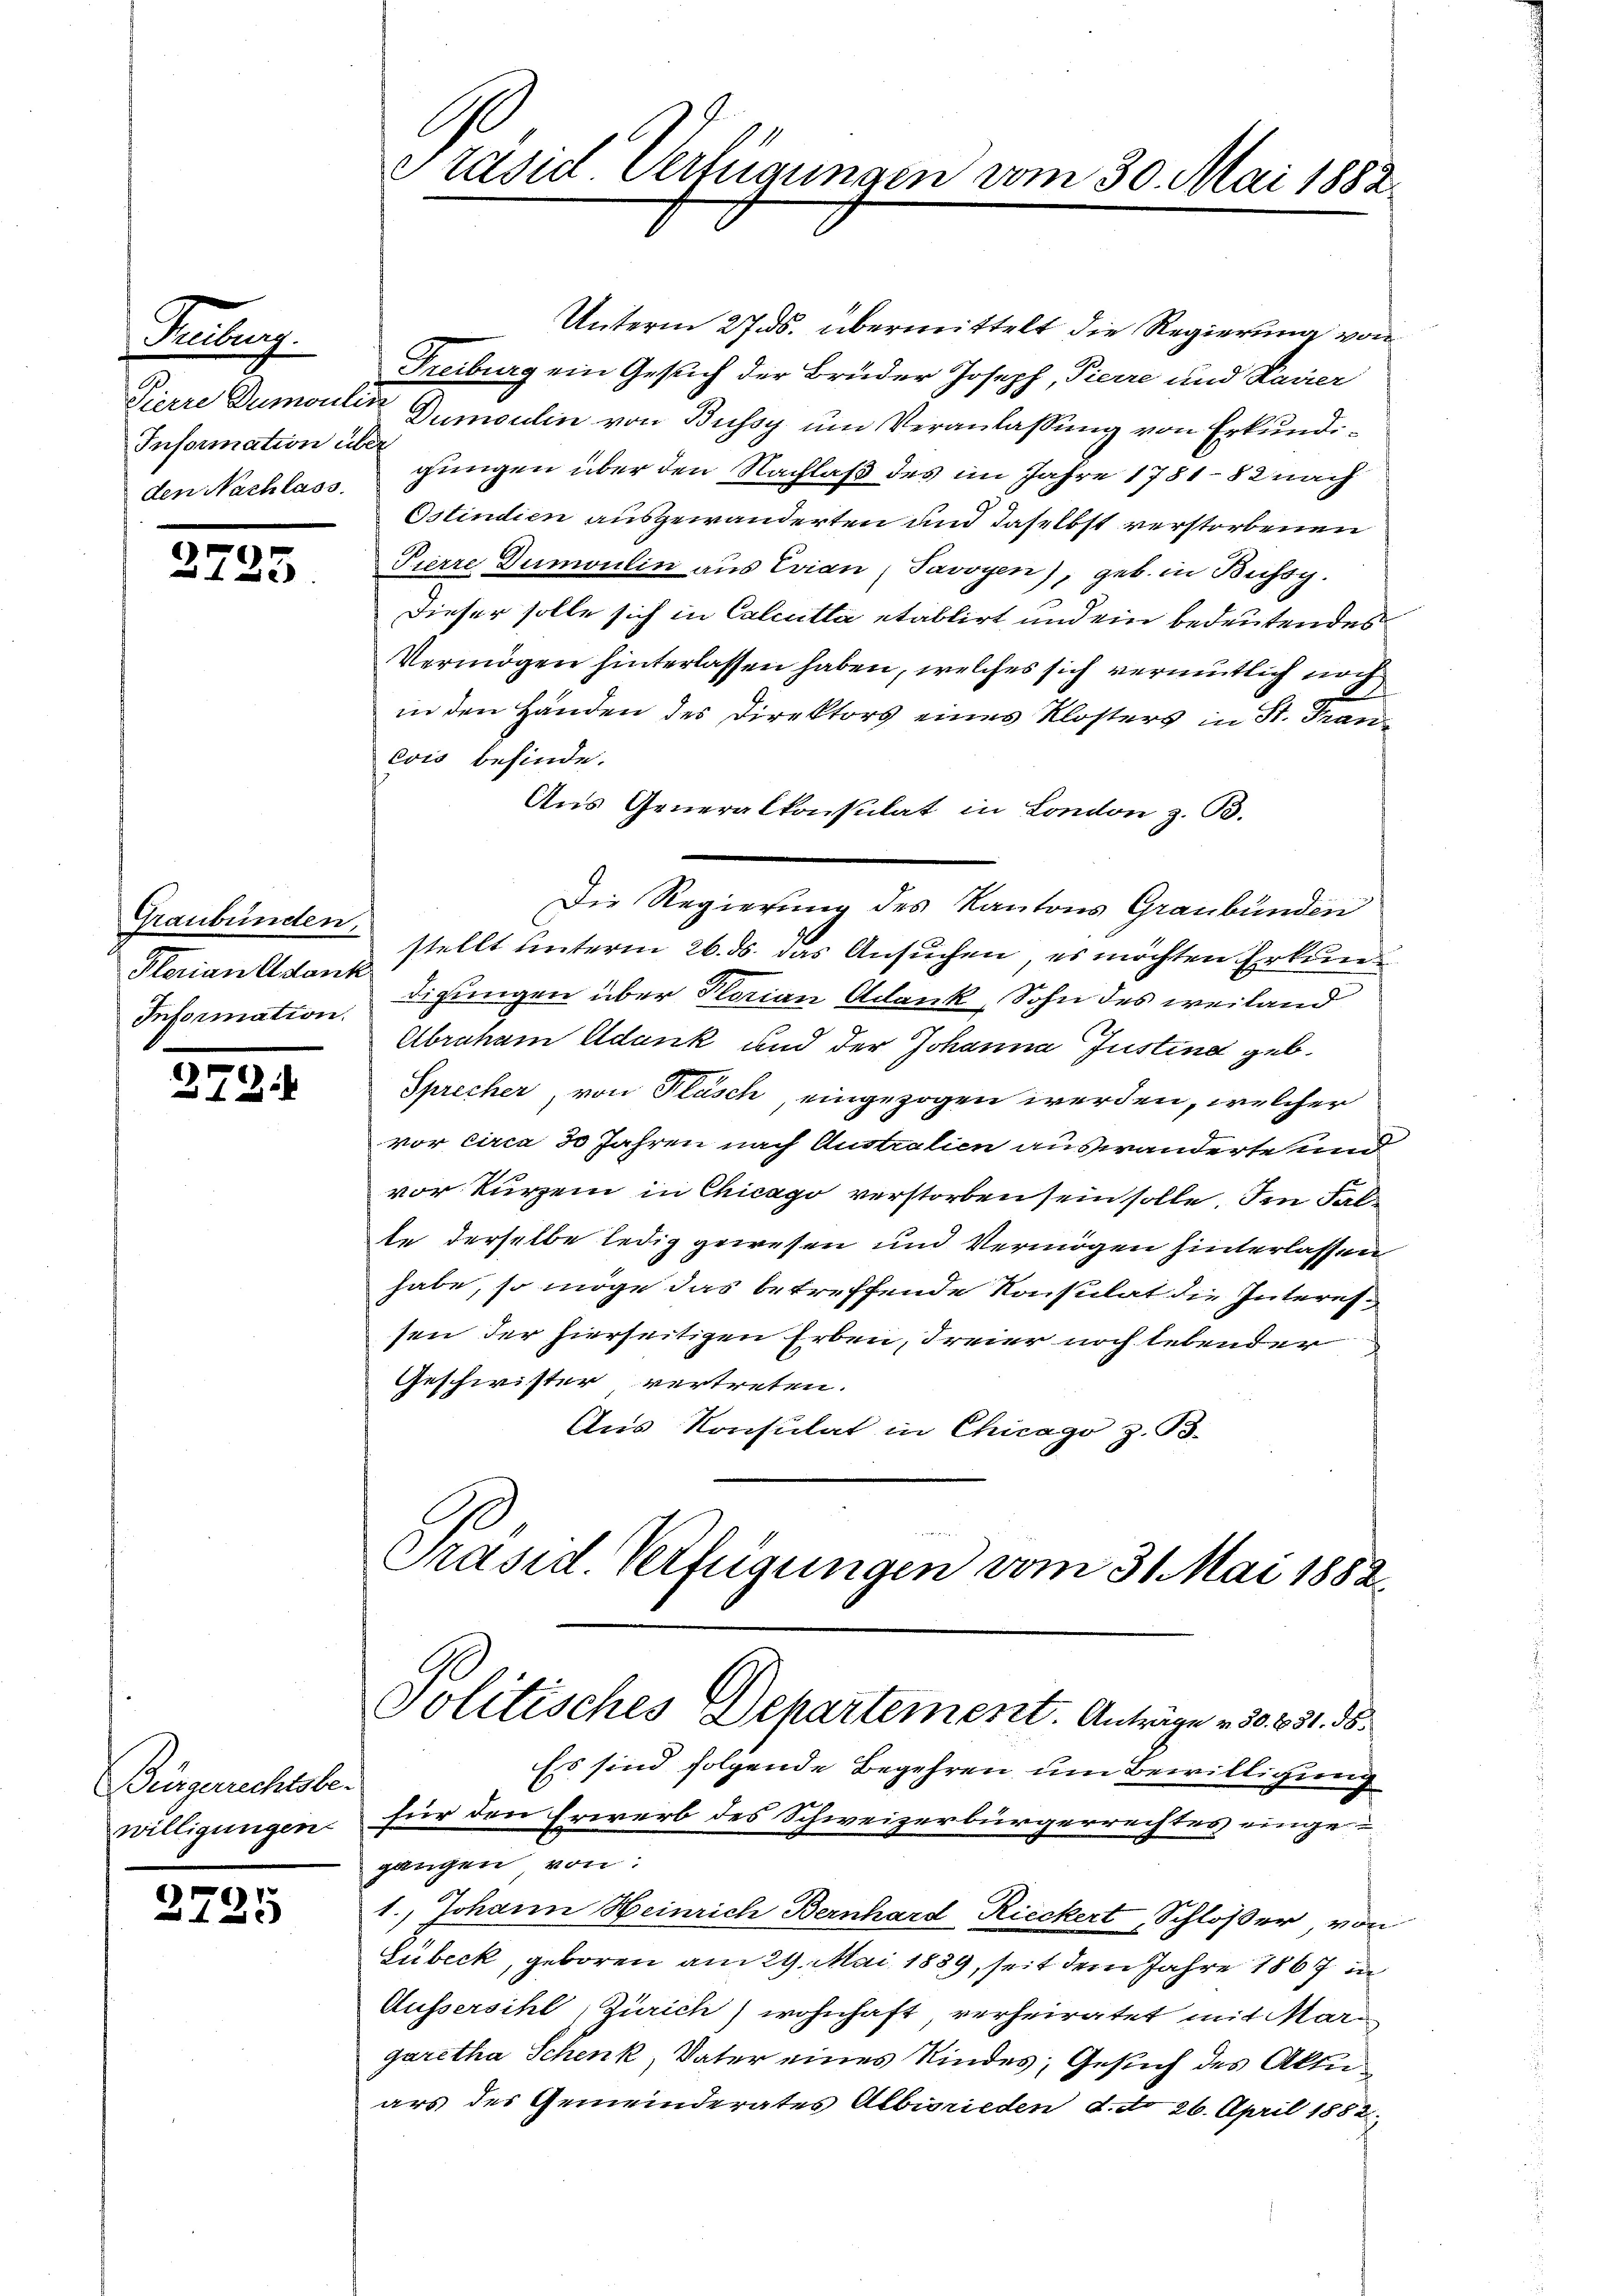
Feubung.
Pierre Dumont
Information in
den Nachlass

3725

Graubünden,
Plarian Adank
Information.

272.

Bürgerrechtsber
willigungen.

2725

C
e rasie Verlegungen vom 30. Mai 1882

Unterm 27. ds. übermittelt die Regierung von
Freiburg ein Gesuch der Brüder Joseph, Pierre und Havier
 Dumoulin von Bussy um Veranlassung von Erkundil
gungen über den Nachlaß des im Jahre 1781 82 nach
Ostindien ausgewanderten und daselbst verstorbenen
Pierre Dumoulin aus Evian, Savoyen), geb. in Bussy.
Dieser solle sich in Calcutta etablirt und ein bedeutendes
Vermögen hinterlassen haben, welches sich vermutlich noch
in den Handen des Direktors eines Klosters in St. Fran
eis befinde.
Aus Generalkonsulat in London z. B.
stellt unterm 26. ds. das Ansuchen, es möchten Erkenndigungen über Plorian Adlank, Sohn des weiland
Abraham Adank und der Johanna Justind geb.
Sprecher von Fläsch eingezogen werden, welcher
vor circa 30 Jahren nach Australien auswänderte un
vor kurzem in Chicago verstorben sein solle. Im Falte derselbe ledig gewesen und Vermögen hinterlassen
habe, so möge das betreffende Konsulat die Interessen der hierseitigen Erben, Freier noch lebender
Geschwister vertreten.
Aus Konsulat in Chicago z. B.
Präsid. Verfügungen vom 31. Mai 1882.

Politisches Departement. Anträge v. 30. 831. ds.

Die Regierung des Kantons Graubünden

Es sind folgende Begehren um Bewilligung
k
für den Erwerb des Schweizerbürgerrechtes eingegangen von
1.) Johann Heinrich Bernhard Rieckert Schloßer von
Lübeck, geboren am 29. Mai 1839, seit dem Jahre 1867 in
Aussersihl, Zürich) wohnhaft verheiratet mit Mari
garetha Schenk, Vater eines Kindes, Gesuch des Aktuars der Gemeinderates Albisrieden d. do 26. April 1882